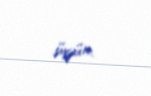
üçün.